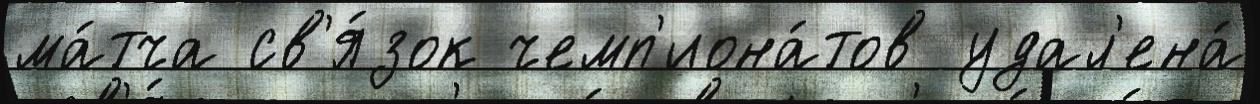
ма́тча св'я́зок чемп'иона́тов удал'ена́